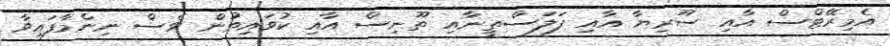
އެމިރޭޓްސް އާއި ސޫރިޔާ އާއި ފަލަސްތީނާއި ތޫނިސް އާއި ކުވައިތުން ވެސް ނިންމާފައިވާ